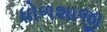
ધોળશાજી